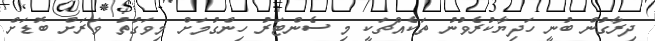
ދިރާގުން ބުނީ ހަދިޔާކުރެވުނު ތަކެއްޗަކީ މި ސެންޓަރު ހިންގުމަށް މިވަގުތު ވަރަށް ބޮޑަށް